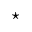
\star